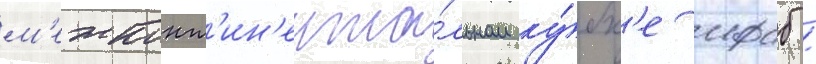
м'ежконт'ин'ента́льном ку́бк'е ифаб /